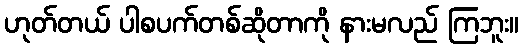
ဟုတ်တယ် ပါစပက်တစ်ဆိုတာကို နားမလည် ကြဘူး။